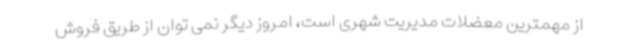
از مهمترین معضلات مدیریت شهری است، امروز دیگر نمی توان از طریق فروش